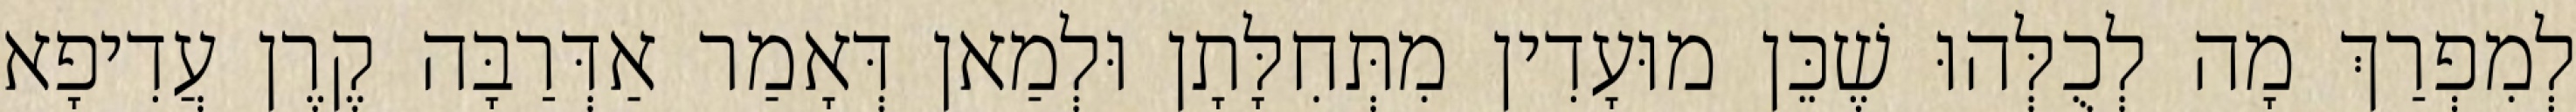
לְמִפְרַךְ מָה לְכֻלְּהוּ שֶׁכֵּן מוּעָדִין מִתְּחִלָּתָן וּלְמַאן דְּאָמַר אַדְּרַבָּה קֶרֶן עֲדִיפָא